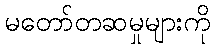
မတော်တဆမှုများကို